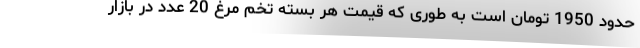
حدود 1950 تومان است به طوری که قیمت هر بسته تخم مرغ 20 عدد در بازار